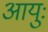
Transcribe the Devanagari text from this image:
आयुः